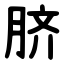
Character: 脐